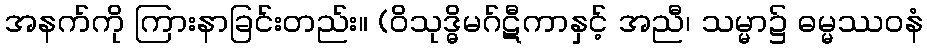
အနက်ကို ကြားနာခြင်းတည်း။ (ဝိသုဒ္ဓိမဂ်ဋီကာနှင့် အညီ၊ သမ္မာ၌ ဓမ္မဿဝနံ